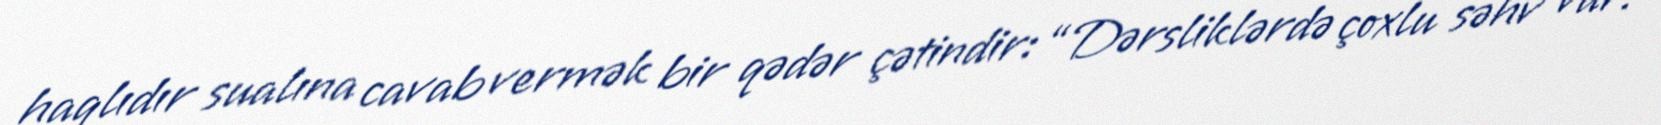
haqlıdır sualına cavab vermək bir qədər çətindir: “Dərsliklərdə çoxlu səhv var.